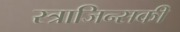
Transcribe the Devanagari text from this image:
स्त्राजिन्सकी